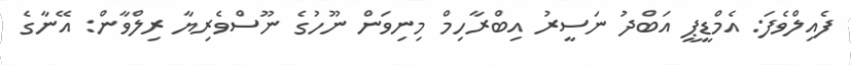
ފެއިލްވެފަ: އެމްޑީޕީ އަބްދު ނަސީރު އިބްރާހިމް މިނިވަން ނޫހުގެ ނޫސްވެރިޔާ ރިލްވާން: އޭނާގެ